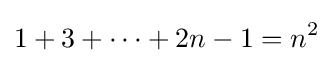
1+3+\dots +2n-1=n^{2}